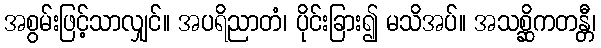
အစွမ်းဖြင့်သာလျှင်။ အပရိညာတံ၊ ပိုင်းခြား၍ မသိအပ်။ အသစ္ဆိကတန္တီ၊